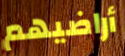
أراضيهم